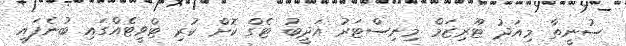
ސުނީތާ މިއަދު ޓޫރިޒަމް މިނިސްޓަރު އަދީބު ޓެގް ކޮށް ކުރި ޓްވީޓެއްގައި ބުނެފައި